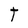
Character: T